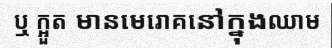
ឬ ក្អួត មានមេរោគនៅក្នុងឈាម